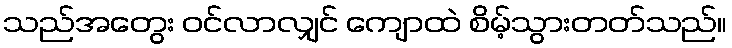
သည်အတွေး ဝင်လာလျှင် ကျောထဲ စိမ့်သွားတတ်သည်။